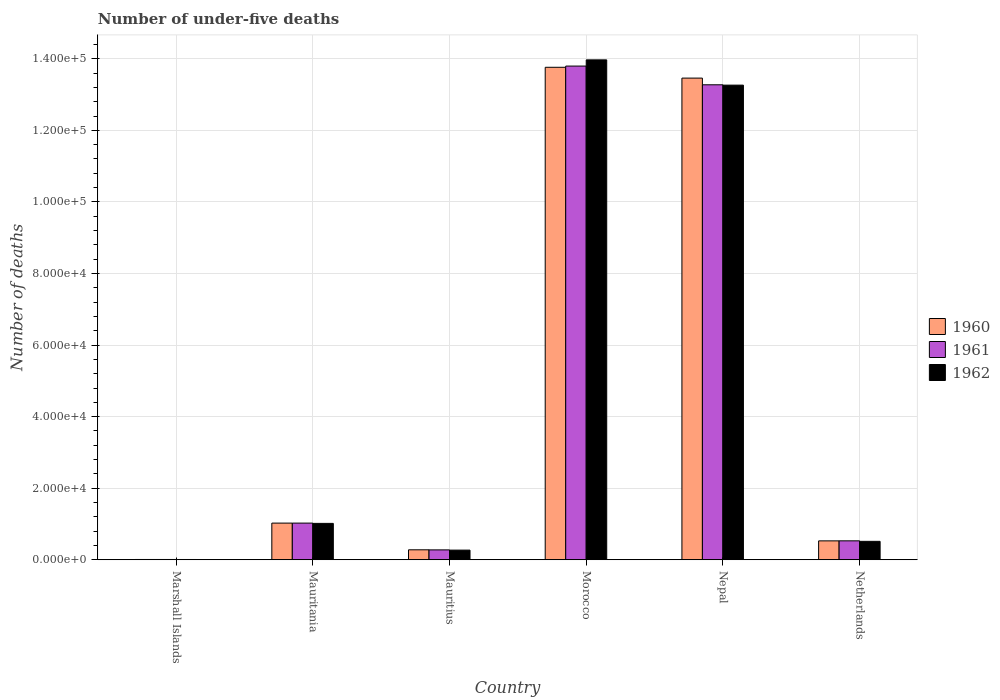
| Country | 1960 | 1961 | 1962 |
 | --- | --- | --- | --- |
 | Marshall Islands | 81 | 79 | 78 |
 | Mauritania | 1.02e+04 | 1.02e+04 | 1.02e+04 |
 | Mauritius | 2.78e+03 | 2.76e+03 | 2.7e+03 |
 | Morocco | 1.38e+05 | 1.38e+05 | 1.4e+05 |
 | Nepal | 1.35e+05 | 1.33e+05 | 1.33e+05 |
 | Netherlands | 5.28e+03 | 5.29e+03 | 5.15e+03 |